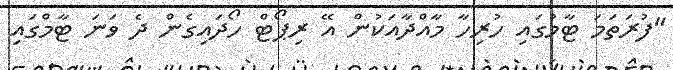
"ފުރަތަމަ ޓާމުގައި ހުރިހާ މާއްދާއަކުން އޭ ރިޕޯޓް ހޯދައިގެން ދެ ވަނަ ޓާމްގައި